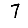
Digit: 7